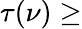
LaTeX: \tau(\nu)\geq